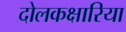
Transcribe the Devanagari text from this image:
दोलकक्षारिया